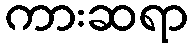
ကားဆရာ